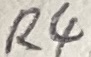
Text: R4